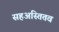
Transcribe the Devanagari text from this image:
सहअस्तितव